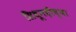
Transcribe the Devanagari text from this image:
सिधूनदीच्या